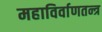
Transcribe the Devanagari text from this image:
महाविर्वाणतन्त्र